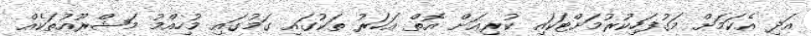
އަދި އެކަމަށް މަގުފަހިކުރުމަށްޓަކައި ކުރިއަށް އޮތް އަހަރު ތަކުގައި ގަމުގައި މުހިއްމު މަޝްރޫއުތަކެއް